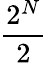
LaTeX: \frac{2^{N}}{2}